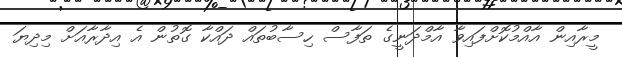
މީރާއިން އާއްމުކޮށްފައިވާ އާމްދަނީގެ ތަފާސް ހިސާބުތައް ދައްކާ ގޮތުން އެ އިދާރާއަށް މިދިޔަ